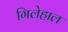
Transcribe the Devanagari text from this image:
गिलेहाल